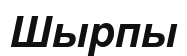
Шырпы